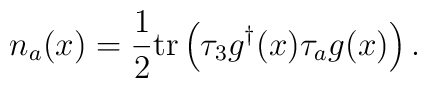
n_a(x)=\frac{1}{2}{\rm tr}\left(\tau_3 g^\dagger(x)\tau_a g(x)\right).